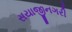
સયાજીનગરી